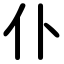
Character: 仆